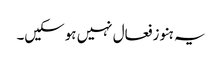
یہ ہنو زفعال نہیں ہوسکیں۔